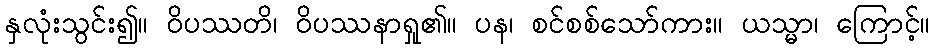
နှလုံးသွင်း၍။ ဝိပဿတိ၊ ဝိပဿနာရှု၏။ ပန၊ စင်စစ်သော်ကား။ ယသ္မာ၊ ကြောင့်။